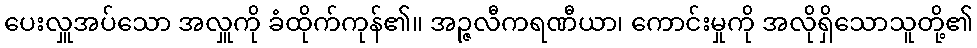
ပေးလှူအပ်သော အလှူကို ခံထိုက်ကုန်၏။ အဉ္ဇလီကရဏီယာ၊ ကောင်းမှုကို အလိုရှိသောသူတို့၏